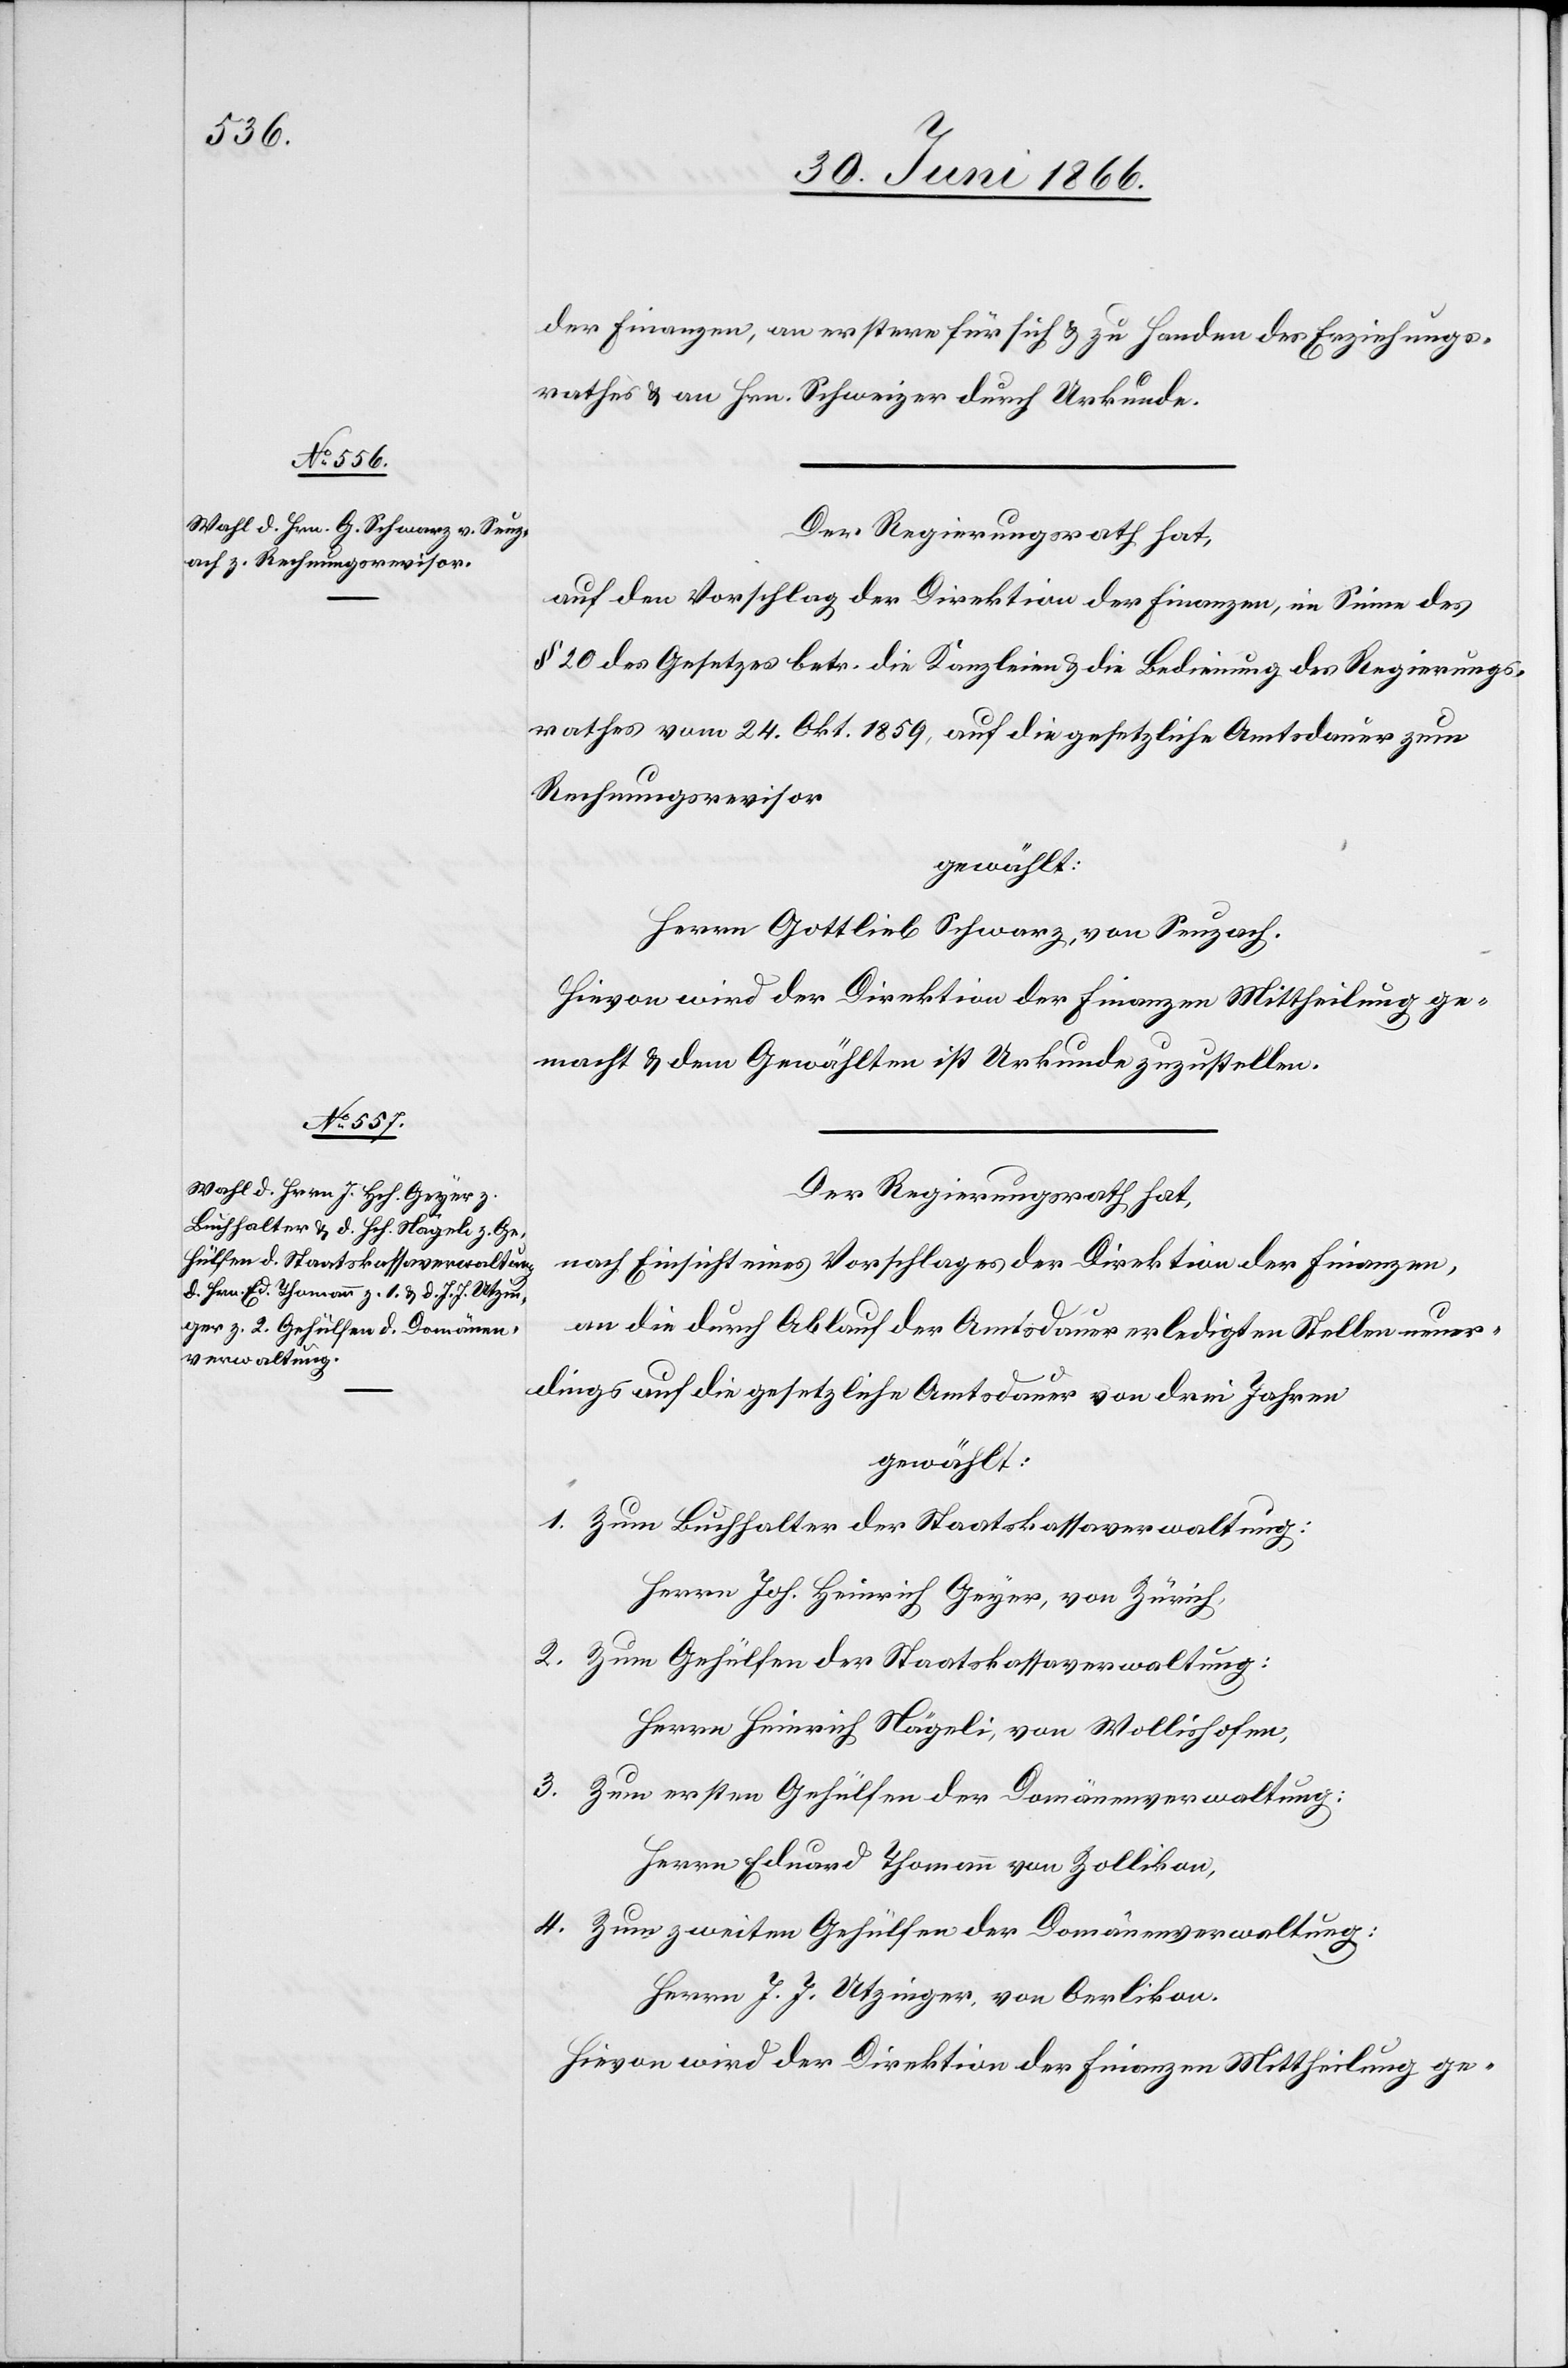
srathes u. an Hrn. Schweizer durch Urkunde.
Der Regierungsrath hat,
auf den Vorschlag der Direktion der Finanzen, im Sinne des
§ 20 des Gesetzes betr. die Kanzleien u. die Bedienung des Regierungs¬
rathes vom 24. Okt. 1859, auf die gesetzliche Amtsdauer zum
Rechnungsrevisor
gewählt:
Herrn Gottlieb Schwarz, von Seuzach.
Hievon wird der Direktion der Finanzen Mittheilung ge¬
macht u. dem Gewählten ist Urkunde zuzustellen.
Der Regierungsrath hat,
nach Einsicht eines Vorschlages der Direktion der Finanzen,
hung¬
an die durch Ablauf der Amtsdauer erledigten Stellen neuer¬
dings auf die gesetzliche Amtsdauer von drei Jahren
gewählt:
1. Zum Buchhalter der Staatskassaverwaltung:
Herrn Joh. Heinrich Geyer, von Zürich,
2. Zum Gehülfen der Staatskassaverwaltung:
Herrn Heinrich Nägeli, von Wollishofen,
3. Zum ersten Gehülfen der Domänenverwaltung:
Herrn Eduard Thomann von Zollikon,
4. Zum zweiten Gehülfen der Domänenverwaltung:
Herrn J. J. Utzinger, von Oerlikon.
Hievon wird der Direktion der Finanzen Mittheilung ge-